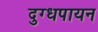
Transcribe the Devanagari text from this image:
दुग्धपायन